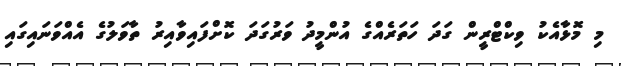
މި މޮޅާއެކު ވިކްޓްރީން ގަދަ ހަތަރެއްގެ އުންމީދު ވަރުގަދަ ކޮށްފައިވާއިރު ތާވަލުގެ އެއްވަނައިގައި